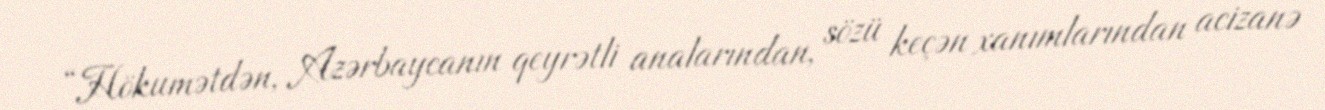
“Hökumətdən, Azərbaycanın qeyrətli analarından, sözü keçən xanımlarından acizanə